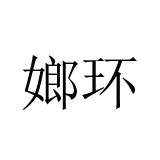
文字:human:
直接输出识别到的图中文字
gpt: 嫏环